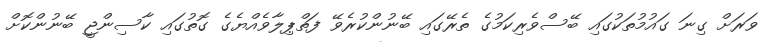
ވަރަށް ގިނަ ގައުމުތަކުގައި ބޭސްވެރިކަމުގެ ތެރޭގައި ބޭނުންކުރެވޭ ފަތްޕިލާވެއްޔެގެ ގޮތުގައި ކާސިންޖީ ބޭނުންކޮށް